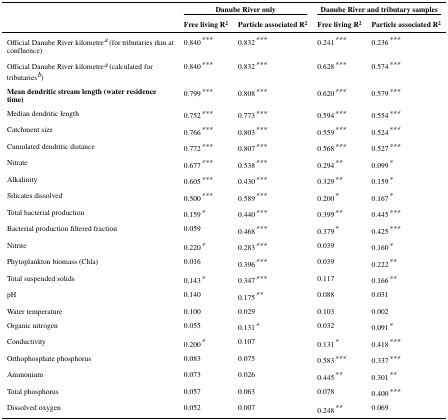
<table><thead><tr><td colspan="2"><b>Danube River only</b></td><td colspan="2"><b>Danube River and tributary samples</b></td></tr><tr><td><b>Free living R<sup>2</sup></b></td><td><b>Particle associated R<sup>2</sup></b></td><td><b>Free living R<sup>2</sup></b></td><td><b>Particle associated R<sup>2</sup></b></td></tr></thead><tbody><tr><td>Official Danube River kilometrea (for tributaries rkm at confluence)</td><td>0.840***</td><td>0.832***</td><td>0.241***</td><td>0.236***</td></tr><tr><td>Official Danube River kilometrea (calculated for tributariesb)</td><td>0.840***</td><td>0.832***</td><td>0.628***</td><td>0.574***</td></tr><tr><td><b>Mean dendritic stream length (water residence time)</b></td><td>0.799***</td><td>0.808***</td><td>0.620***</td><td>0.579***</td></tr><tr><td>Median dendritic length</td><td>0.752***</td><td>0.773***</td><td>0.594***</td><td>0.554***</td></tr><tr><td>Catchment size</td><td>0.766***</td><td>0.803***</td><td>0.559***</td><td>0.524***</td></tr><tr><td>Cumulated dendritic distance</td><td>0.772***</td><td>0.807***</td><td>0.568***</td><td>0.527***</td></tr><tr><td>Nitrate</td><td>0.677***</td><td>0.538***</td><td>0.294**</td><td>0.099*</td></tr><tr><td>Alkalinity</td><td>0.605***</td><td>0.430***</td><td>0.329**</td><td>0.159*</td></tr><tr><td>Silicates dissolved</td><td>0.500***</td><td>0.589***</td><td>0.200*</td><td>0.167*</td></tr><tr><td>Total bacterial production</td><td>0.159*</td><td>0.440***</td><td>0.399**</td><td>0.445***</td></tr><tr><td>Bacterial production filtered fraction</td><td>0.059</td><td>0.468***</td><td>0.379*</td><td>0.425***</td></tr><tr><td>Nitrite</td><td>0.220*</td><td>0.283***</td><td>0.039</td><td>0.160*</td></tr><tr><td>Phytoplankton biomass (Chla)</td><td>0.016</td><td>0.396***</td><td>0.039</td><td>0.222**</td></tr><tr><td>Total suspended solids</td><td>0.143*</td><td>0.347***</td><td>0.117</td><td>0.166**</td></tr><tr><td>pH</td><td>0.140</td><td>0.175**</td><td>0.088</td><td>0.031</td></tr><tr><td>Water temperature</td><td>0.100</td><td>0.029</td><td>0.103</td><td>0.002</td></tr><tr><td>Organic nitrogen</td><td>0.055</td><td>0.131*</td><td>0.032</td><td>0.091*</td></tr><tr><td>Conductivity</td><td>0.200*</td><td>0.107</td><td>0.131*</td><td>0.418***</td></tr><tr><td>Orthophosphate phosphorus</td><td>0.083</td><td>0.075</td><td>0.583***</td><td>0.337***</td></tr><tr><td>Ammonium</td><td>0.073</td><td>0.026</td><td>0.445**</td><td>0.301**</td></tr><tr><td>Total phosphorus</td><td>0.057</td><td>0.063</td><td>0.078</td><td>0.400***</td></tr><tr><td>Dissolved oxygen</td><td>0.052</td><td>0.007</td><td>0.248**</td><td>0.069</td></tr></tbody></table>